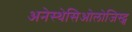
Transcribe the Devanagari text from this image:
अनेस्थेसिओलोजिस्ट्स